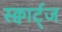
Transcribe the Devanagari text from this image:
स्क्वार्ट्ज